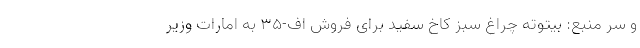
و سر منبع: بیتوته چراغ سبز کاخ سفید برای فروش اف-۳۵ به امارات وزیر